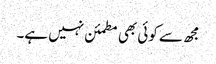
مجھ سے کوئی بھی مطمئن نہیں ہے۔